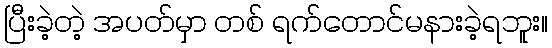
ပြီးခဲ့တဲ့ အပတ်မှာ တစ် ရက်တောင်မနားခဲ့ရဘူး။